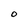
Character: O